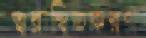
ত্বরান্বিতকরণ